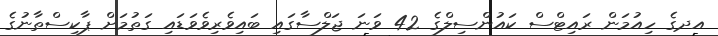
އދގެ ހިއުމަން ރައިޓްސް ކައުންސިލްގެ 42 ވަނަ ޖަލްސާގައި ބައިވެރިވެވަޑައި ގަތުމަށް ޕާކިސްތާނުގެ